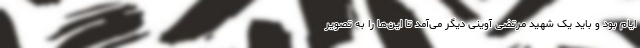
ایام بود و باید یک شهید مرتضی آوینی دیگر می‌آمد تا این‌ها را به تصویر